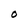
Character: 0